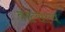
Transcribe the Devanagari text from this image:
वात्‍सल्‍य